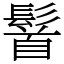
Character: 䭮